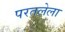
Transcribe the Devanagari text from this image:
परतलेला